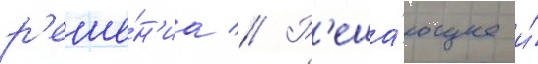
р'еше́н'иа // Р'еша́ющее и́